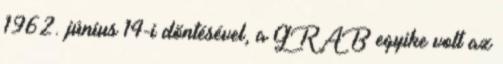
1962. június 14-i döntésével, a GRAB egyike volt az